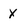
Character: x